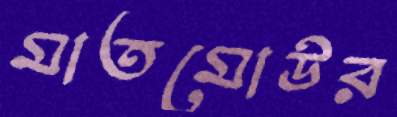
মাতমোউর